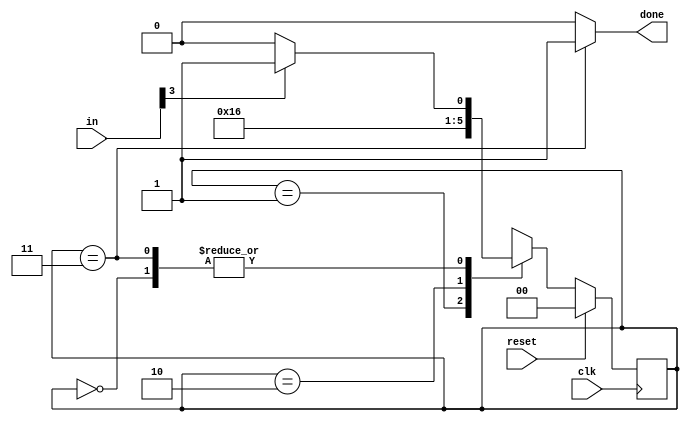
module top_module(
    input clk,
    input [7:0] in,
    input reset,    // Synchronous reset
    output done); //

    parameter  b1=0,b2=1,b3=2,d=3;
    reg [1:0] state,next_state;
    
    always @(posedge clk) begin
        if (reset) begin
            state <= b1;
         end
         else
            state <= next_state;
    end

    always@(*) begin
        case(state)
            b1:begin
                if(in[3]) next_state <= b2;
                else next_state <= b1;
            end
            b2:begin
				next_state <= b3;
            end
            b3:begin
				next_state <= d;
            end
            d:begin
                if(in[3]) next_state <= b2;
                else next_state <= b1;
            end
        endcase
    end
    
    always@(*) begin
        case(state)
            d: done <= 1;
        default:done <= 0;
        endcase
    end
endmodule